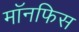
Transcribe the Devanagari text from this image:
मॉनफिस